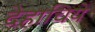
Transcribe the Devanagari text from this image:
देहाचिये